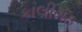
કાલીમઠ